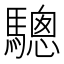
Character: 驄